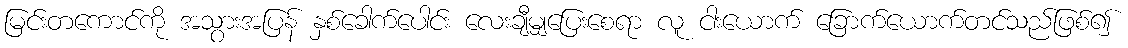
မြင်းတကောင်ကို အသွားအပြန် နှစ်ခေါက်ပေါင်း လေးချီမျှပြေးစေရာ လူ ငါးယောက် ခြောက်ယောက်တင်သည်ဖြစ်၍